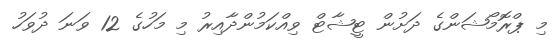
މި ޕްރޮމޯޝަންގެ ދަށުން ޓީޝާޓް ވިއްކަމުންދާއިރު މި މަހުގެ 12 ވަނަ ދުވަހު